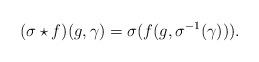
LaTeX: \begin{align*} (\sigma\star f)(g,\gamma)=\sigma(f(g, \sigma^{-1}(\gamma))). \end{align*}